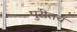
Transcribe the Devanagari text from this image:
पुरीतच